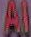
Al